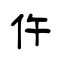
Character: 仵